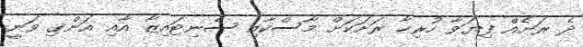
ދެ ރަށެއް ފިޔަވާ ހުރިހާ ރަށަކަށް މާސްކާއި ސެނިޓައިޒާ އާއި އަންގި ވަނީ